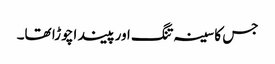
جس کا سینہ تنگ اور پیندا چوڑا تھا۔